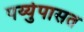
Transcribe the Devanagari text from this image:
पर्य्युपासत